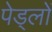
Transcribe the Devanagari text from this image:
पेड्लों